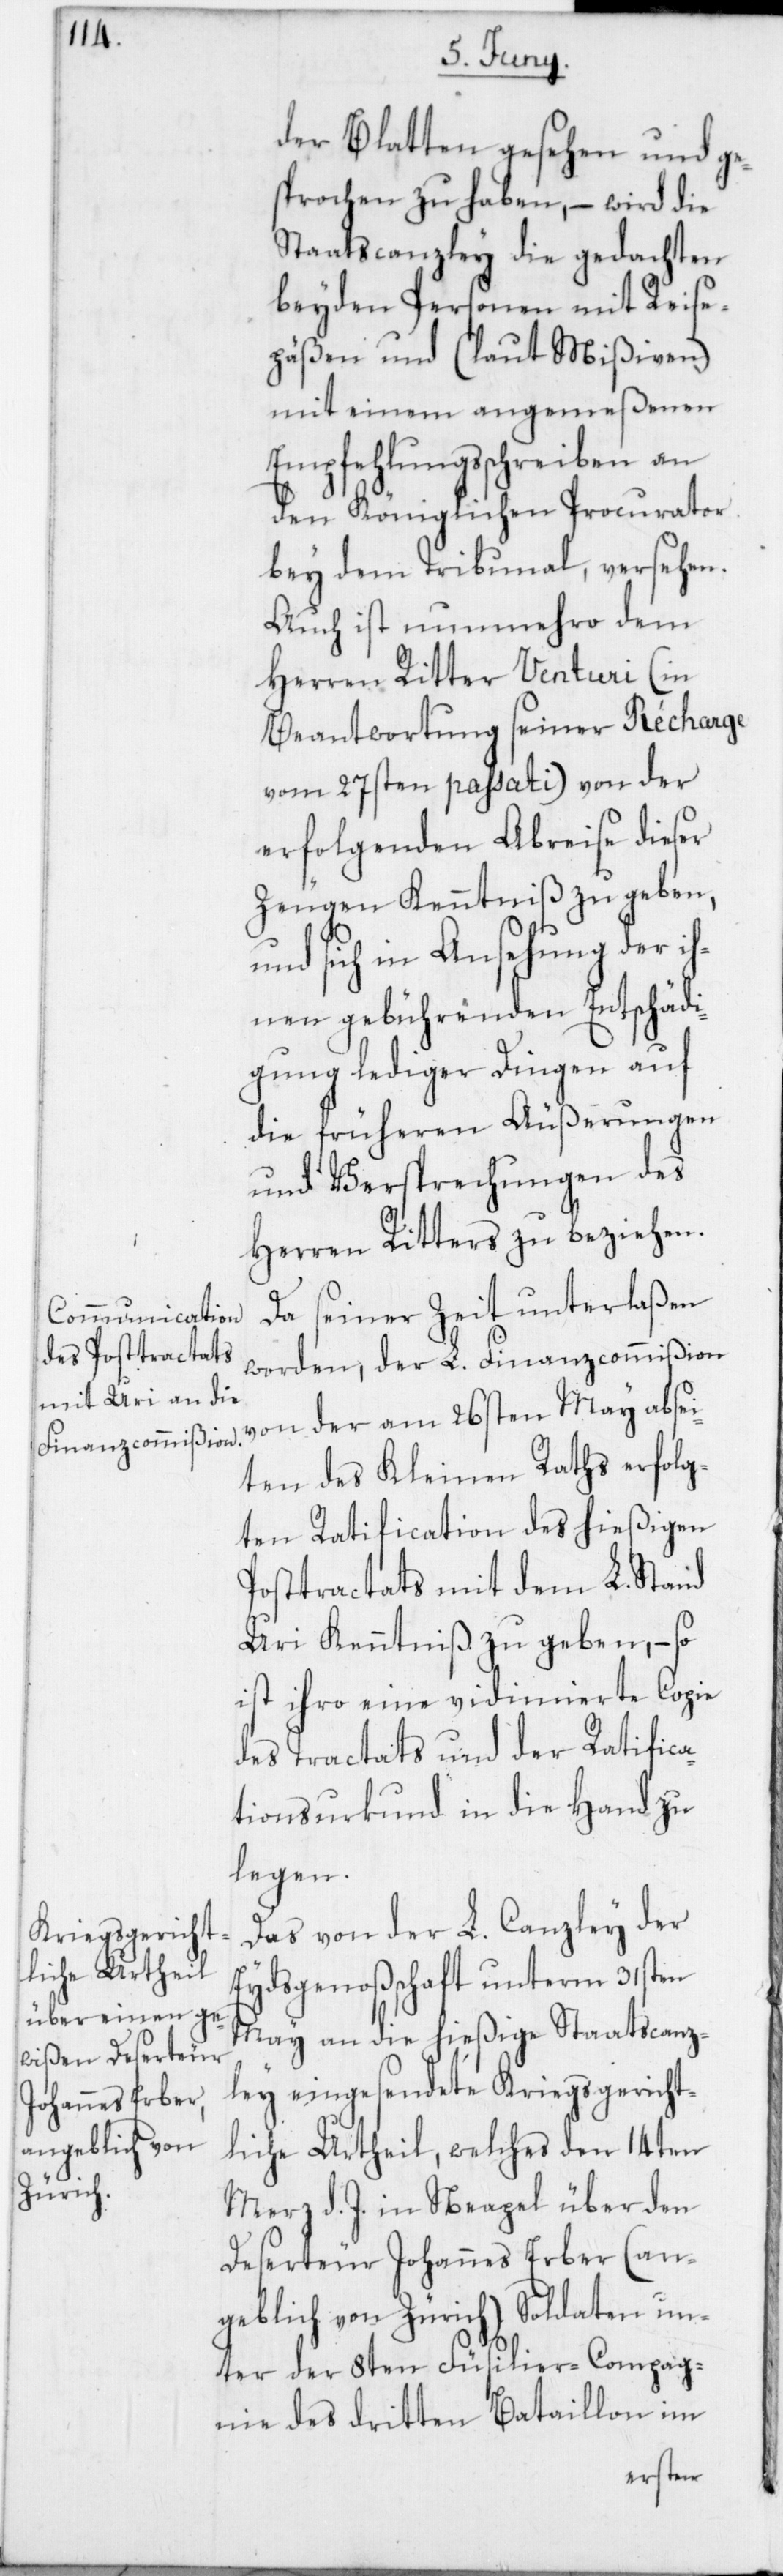
der Blatten gesehen und ge¬
sprochen zu haben, – wird die
Staatscanzley die gedachten
beyden Personen mit Reise¬
päßen und (laut Mißiven)
mit einem angemeßenen
Empfehlungsschreiben an
den Königlichen Procurator
bey dem Tribunal, versehen.
Auch ist nunmehro dem
Herren Ritter Venturi (in
Beantwortung seiner Récharge
vom 27sten passati) von der
erfolgenden Abreise dieser
Zeugen Kenntniß zu geben,
und sich in Ansehung der ih¬
nen gebührenden Entschädi¬
gung lediger Dingen auf
die früheren Äußerungen
und Versprechungen des
Herren Ritters zu beziehen.
Da seiner Zeit unterlaßen
worden, der L. Finanzcommißion
von der am 26sten May absei¬
ten des Kleinen Raths erfolg¬
ten Ratification des hießigen
Posttractats mit dem L. Stand
Uri Kenntniß zu geben, – so
ist ihro eine vidimierte Copie
des Tractats und der Ratifica¬
tionsurkund in die Hand zu
legen.
Das von der L. Canzley der
Eydsgenoßenschaft unterm 31sten
May an die hießige Staatscanz¬
ley eingesendete Kriegsgericht¬
liche Urtheil, welches den 14ten
Merz d. J. in Neapel über den
Deserteur Johannes Erber (an¬
geblich von Zürich) Soldaten un¬
ter der 8ten Füsilier-Compag¬
nie des dritten Bataillon im